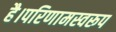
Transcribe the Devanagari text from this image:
है।परिणामस्वरूप